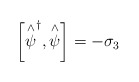
\begin{align*}\left[ \stackrel{\wedge }{\psi }^{\dagger },\stackrel{\wedge }{\psi }\right] =-\sigma _{3}\end{align*}